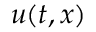
u ( t , x )